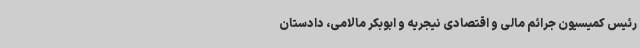
رئیس کمیسیون جرائم مالی و اقتصادی نیجریه و ابوبکر مالامی، دادستان